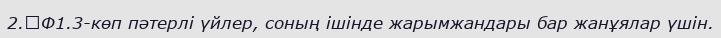
2.	Ф1.3-көп пәтерлi үйлер, соның iшiнде жарымжандары бар жанұялар үшiн.